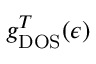
g _ { \mathrm { D O S } } ^ { T } ( \epsilon )